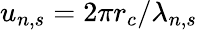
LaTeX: u_{n,s}=2\pi r_{c}/\lambda_{n,s}